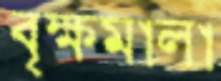
বৃক্ষমালা